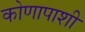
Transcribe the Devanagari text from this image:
कोणापाशी